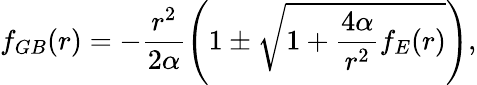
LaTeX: f_{GB}(r)=-\frac{r^{2}}{2\alpha}\left(1\pm\sqrt{1+\frac{4\alpha}{r^{2}}f_{E}(r)}\right),